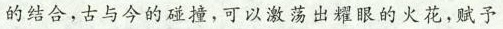
的结合，古与今的碰撞,可以激荡出耀眼的火花，赋予